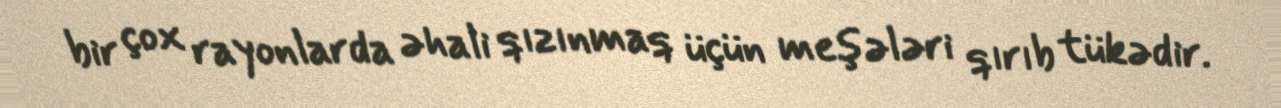
bir çox rayonlarda əhali qızınmaq üçün meşələri qırıb tükədir.